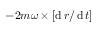
- 2 m { \boldsymbol { \omega } } \times \left[ \operatorname { d } { \boldsymbol { r } } / \operatorname { d } t \right]